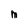
Character: M